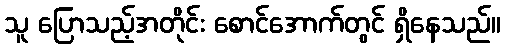
သူ ပြောသည့်အတိုင်း စောင်အောက်တွင် ရှိနေသည်။